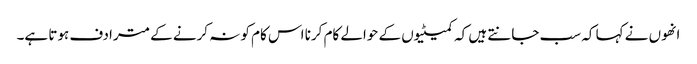
انھوں نے کہا کہ سب جانتے ہیں کہ کمیٹیوں کے حوالے کام کرنا اس کام کو نہ کرنے کے مترادف ہوتا ہے۔